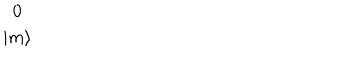
LaTeX: \begin{array} { c } { { 0 } } \\ { { \mid m \rangle } } \\ \end{array}